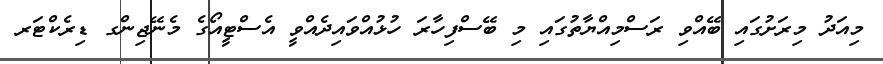
މިއަދު މިރަށުގައި ބޭއްވި ރަސްމިއްޔާތުގައި މި ބޭސްފިހާރަ ހުޅުއްވައިދެއްވީ އެސްޓީއޯގެ މެނޭޖިންގ ޑިރެކްޓަރ